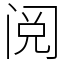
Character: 阅